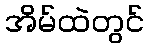
အိမ်ထဲတွင်